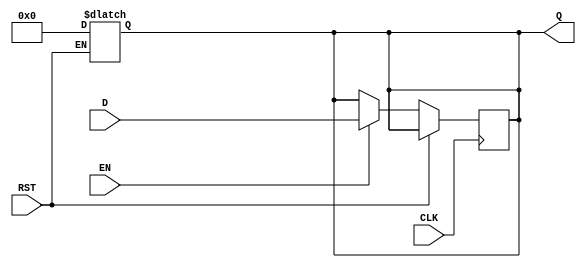
module barrier_register #(
    parameter WIDTH = 8 // Parameterizable width for the data input/output
)(
    input  wire [WIDTH-1:0] D,    // Data Input
    input  wire CLK,                // Clock
    input  wire EN,                 // Enable
    input  wire RST,                // Reset
    output reg  [WIDTH-1:0] Q       // Data Output
);

// Asynchronous reset behavior
always @* begin
    if (RST) begin
        Q = {WIDTH{1'b0}}; // Clear the register to zero
    end
end

// Sequential logic for capturing data
always @(posedge CLK) begin
    if (!RST) begin
        if (EN) begin
            Q <= D; // Capture data when enabled
        end
        // If EN is low, retain the previous value of Q
    end
end

endmodule